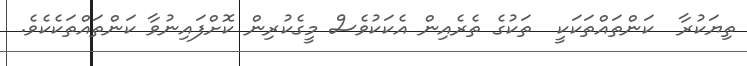
ތިޔަކުރާ  ކަންތައްތަކަކީ  ތަކުގެ ތެރެއިން އެކަކުވެސް މީގެކުރިން ކޮށްފައިނުވާ ކަންތައްތަކެކެވެ.